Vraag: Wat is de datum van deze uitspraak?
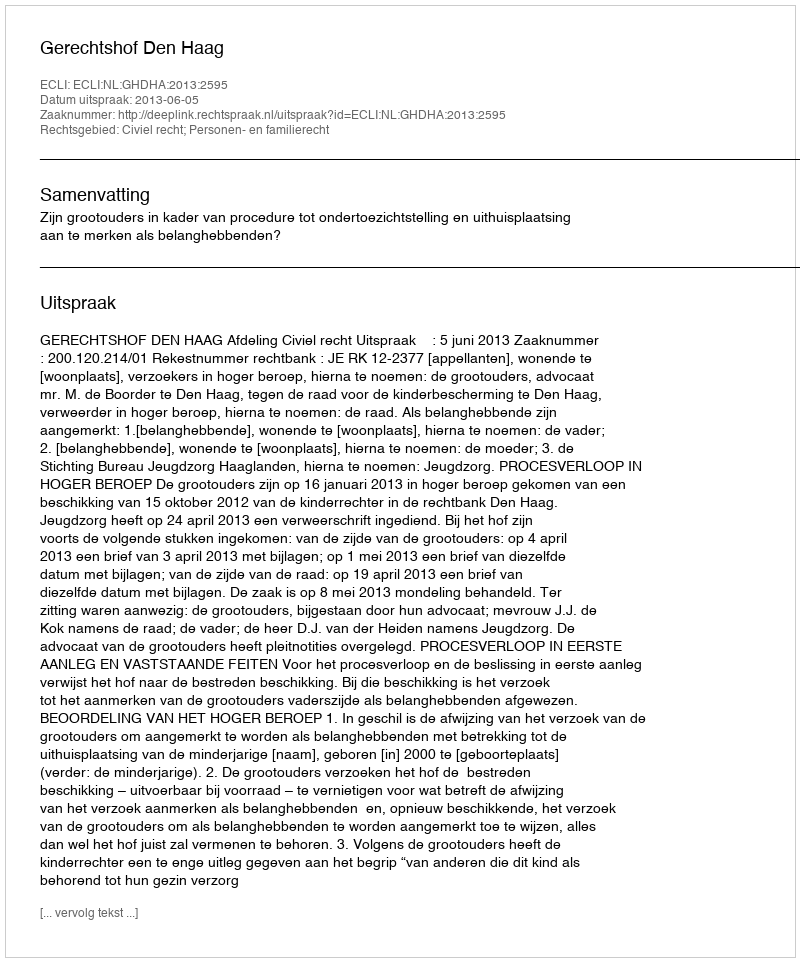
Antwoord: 2013-06-05